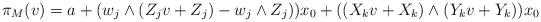
LaTeX: \begin{align*}\pi _M(v) = a+ (w_j\wedge (Z_j v+ Z_j) - w_j\wedge Z_j ))x_0 +((X_kv +X_k)\wedge (Y_kv+Y_k))x_0\end{align*}